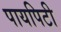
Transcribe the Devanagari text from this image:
पायपिटी